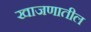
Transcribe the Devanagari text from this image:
खाजणातील